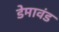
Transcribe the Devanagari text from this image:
डेमावंड